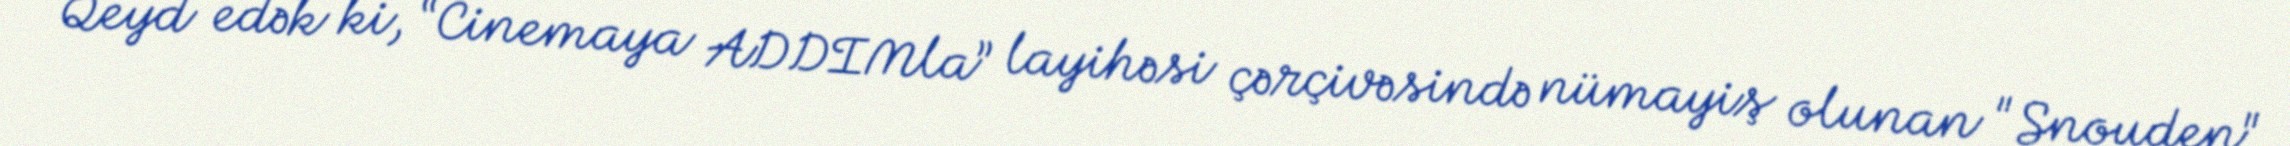
Qeyd edək ki, “Cinemaya ADDIMla” layihəsi çərçivəsində nümayiş olunan "Snouden"